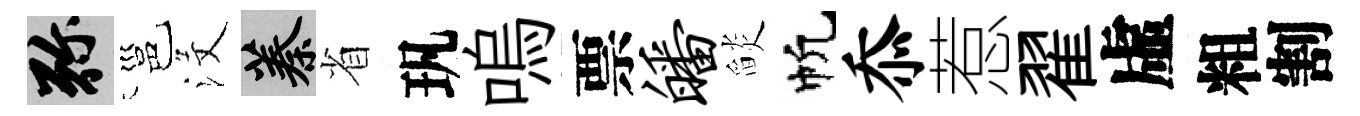
弥邕沒蓁省㺬嗚票皤𦦨帆忝惹翟虛粗割